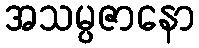
အသမ္ပဇာနော